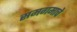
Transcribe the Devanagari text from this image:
समगमाचे